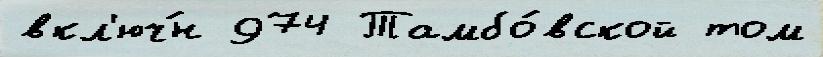
вкл'юч́н 974 Тамбо́вской том